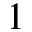
1